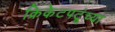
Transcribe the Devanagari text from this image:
क्रिकेटपटूंच्या